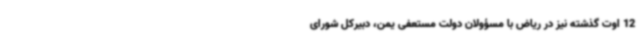
12 اوت گذشته نیز در ریاض با مسؤولان دولت مستعفی یمن، دبیرکل شورای